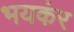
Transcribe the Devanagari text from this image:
भयकंर